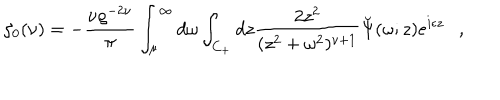
\zeta _ { 0 } ( \nu ) = - { \frac { \nu \varrho ^ { - 2 \nu } } { \pi } } \int _ { \mu } ^ { \infty } d \omega \int _ { C _ { + } } d z { \frac { 2 z ^ { 2 } } { ( z ^ { 2 } + \omega ^ { 2 } ) ^ { \nu + 1 } } } \breve { \Psi } ( \omega ; z ) e ^ { i \epsilon z } ,